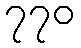
၇၇၀